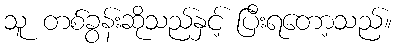
သူ တစ်ခွန်းဆိုသည်နှင့် ပြီးရတော့သည်။